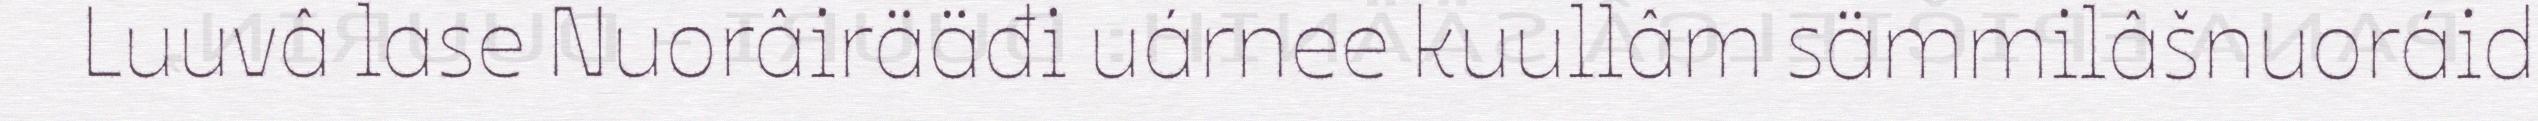
Luuvâ lase Nuorâirääđi uárnee kuullâm sämmilâšnuoráid